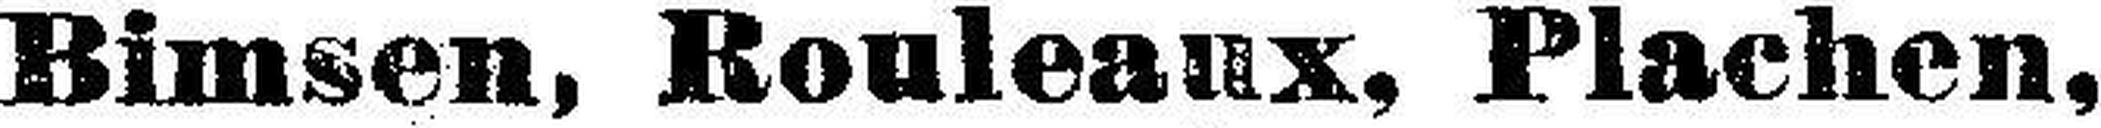
Bimsen, Rouleanx, Plachen,